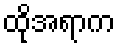
ထိုအရာက